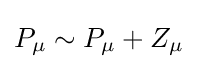
P_{\mu }\sim P_{\mu }+Z_{\mu }